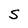
Character: S